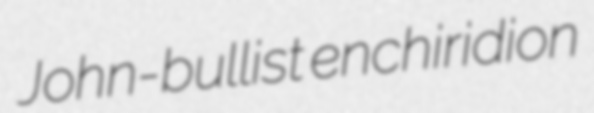
John-bullist enchiridion